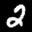
Label: 2